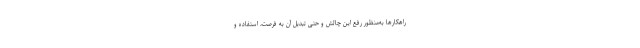
راهکارها به‌منظور رفع این چالش و حتی تبدیل آن به فرصت، استفاده و